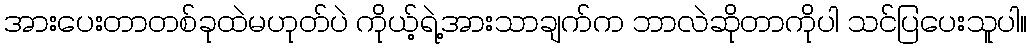
အားပေးတာတစ်ခုထဲမဟုတ်ပဲ ကိုယ့်ရဲ့အားသာချက်က ဘာလဲဆိုတာကိုပါ သင်ပြပေးသူပါ။